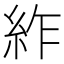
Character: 䋏